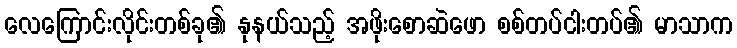
လေကြောင်းလိုင်းတစ်ခု၏ နုနယ်သည့် အဖိုးစောဆဲဖော စစ်တပ်ငါးတပ်၏ မာသာက